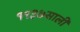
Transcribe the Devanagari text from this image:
१९३७साली